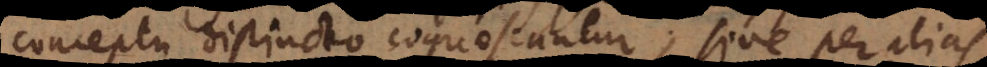
conceptu distincto cognoscuntur, sive per alias